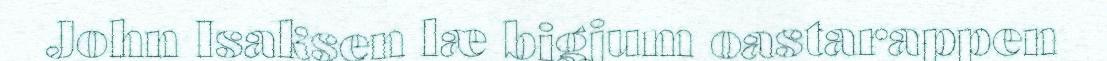
John Isaksen læ bigjum oastarappen